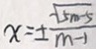
x = \pm \frac { \sqrt { 5 m - 5 } } { m - 1 }